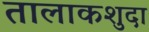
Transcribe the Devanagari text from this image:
तालाकशुदा